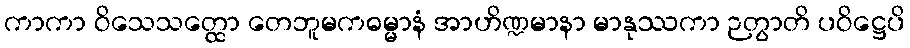
ကာကာ ဝိသေသတ္ထော တေဘူမကဓမ္မာနံ အာဟိဏ္ဍမာနာ မာနုဿကာ ဉတွာတိ ပဝိဋ္ဌေပိ